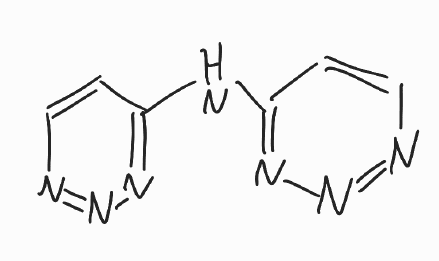
Simplified molecular-input line-entry system (SMILES) notation of the given molecule:
C1=CN=NN=C1NC2=NN=NC=C2